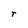
Character: r